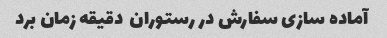
آماده سازی سفارش در رستوران  دقیقه زمان برد